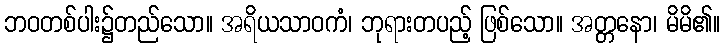
ဘဝတစ်ပါး၌တည်သော။ အရိယသာဝကံ၊ ဘုရားတပည့် ဖြစ်သော။ အတ္တနော၊ မိမိ၏။